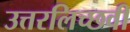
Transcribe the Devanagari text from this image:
उत्तरलिच्छवी